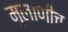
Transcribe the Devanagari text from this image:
मुलाणीच